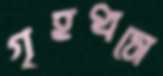
গৃহধসে